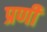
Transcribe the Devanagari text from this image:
प्रणी